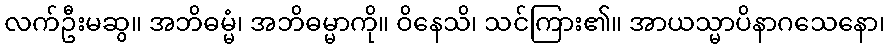
လက်ဦးမဆွ။ အဘိဓမ္မံ၊ အဘိဓမ္မာကို။ ဝိနေသိ၊ သင်ကြား၏။ အာယသ္မာပိနာဂသေနော၊